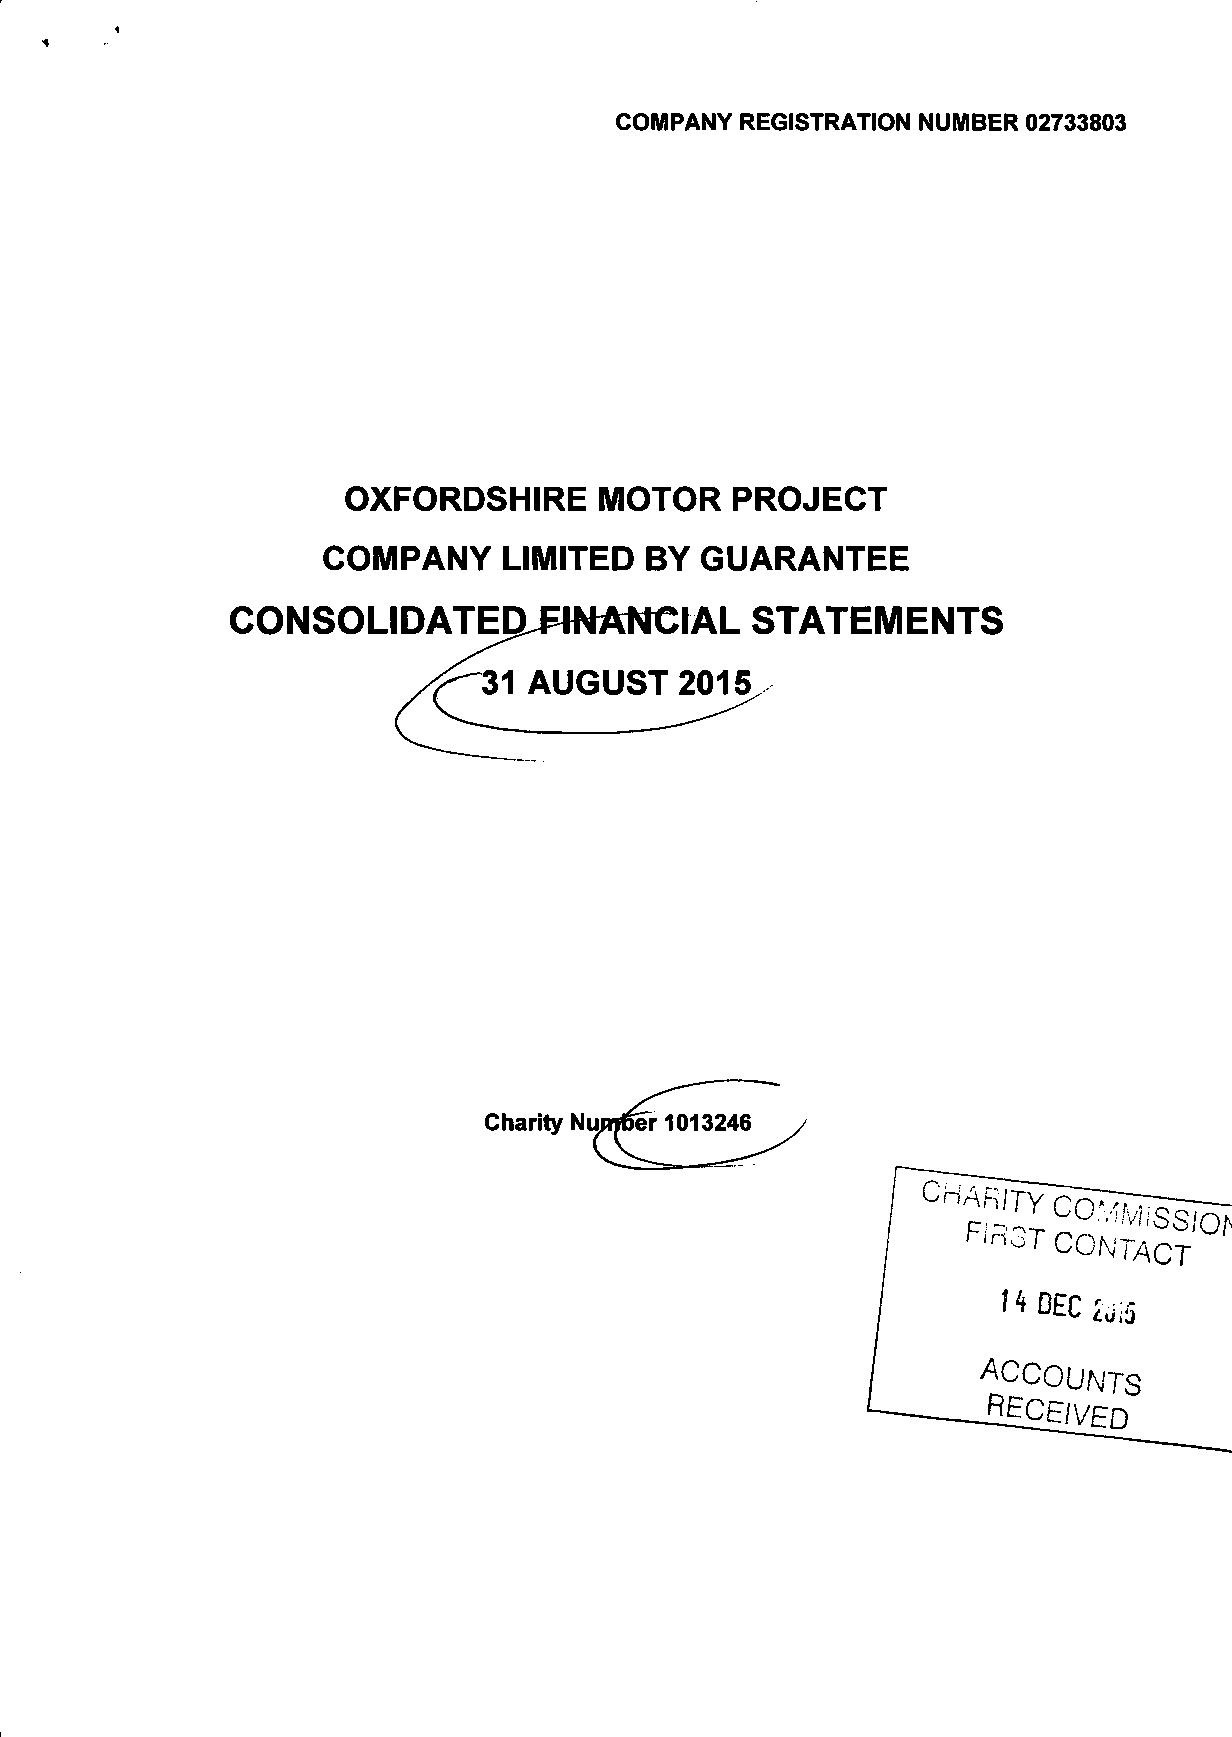
COMPANY REGISTRATION NUMBER 02733803
 OXFORDSHIRE      MOTOR    PROJECT
 COMPANY     LIMITED   BY  GUARANTEE